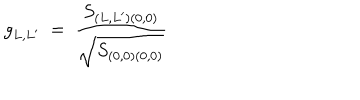
g _ { L , L ^ { \prime } } \ = \ \frac { S _ { ( L , L ^ { \prime } ) ( 0 , 0 ) } } { \sqrt { S _ { ( 0 , 0 ) ( 0 , 0 ) } } }